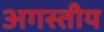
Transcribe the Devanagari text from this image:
अगस्तीय